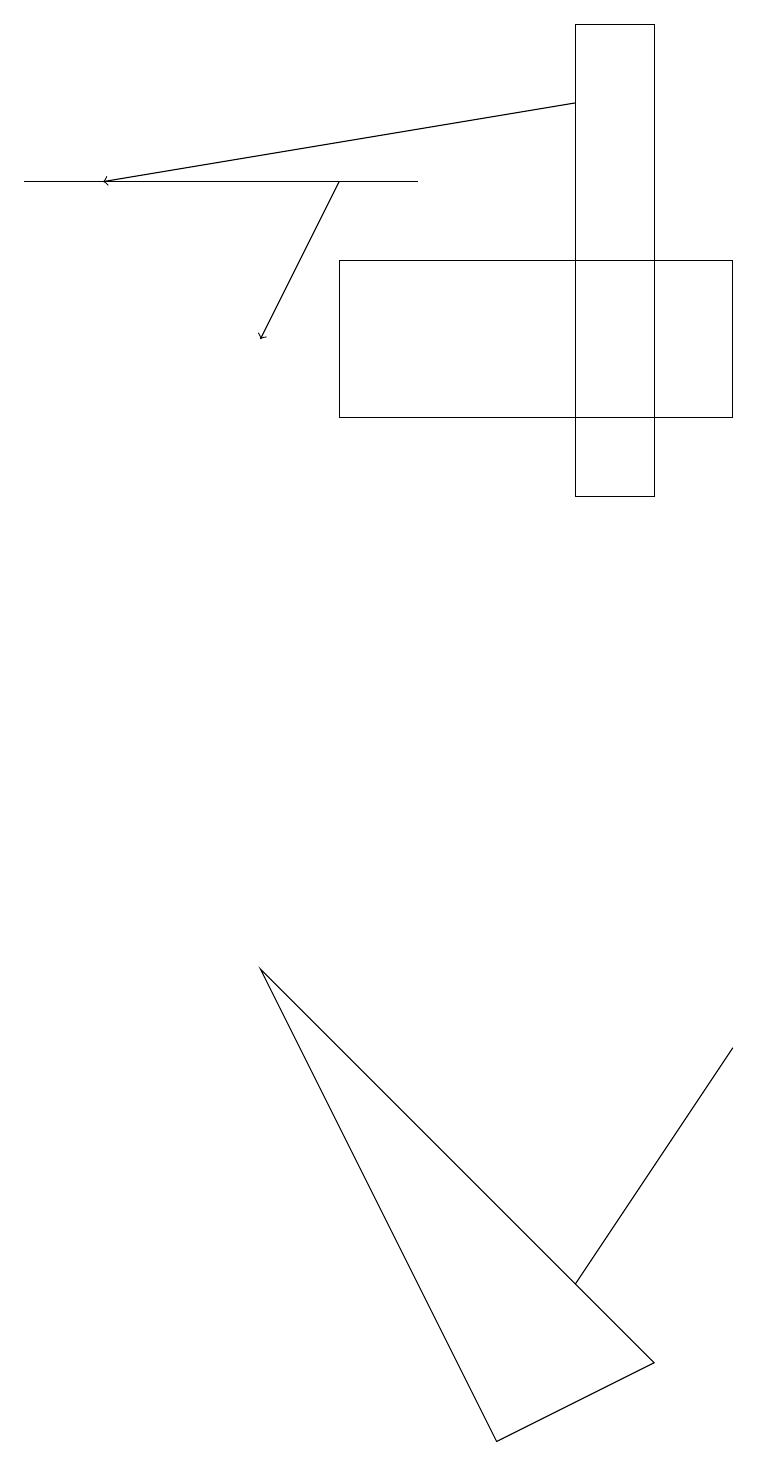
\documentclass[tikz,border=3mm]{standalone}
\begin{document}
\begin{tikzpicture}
\draw (4,14) rectangle (9,16);
\draw[->] (7,18) -- (1,17);
\draw (7,19) rectangle (8,13);
\draw (7,3) -- (9,6) -- (7,3) -- cycle;
\draw[->] (4,17) -- (3,15);
\draw (5,17) rectangle (0,17);
\draw (3,7) -- (8,2) -- (6,1) -- cycle;
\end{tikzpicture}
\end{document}